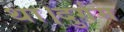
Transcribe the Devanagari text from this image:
था।दुर्गम